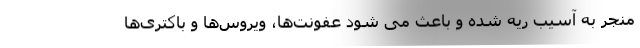
منجر به آسیب ریه شده و باعث می شود عفونت‌ها، ویروس‌ها و باکتری‌ها